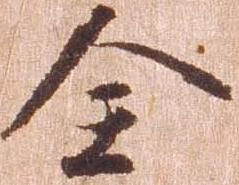
全